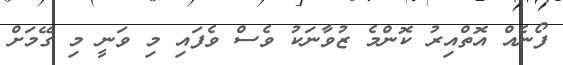
ފޯނެއް އޮތްއިރު ކޮންމެ ޒުވާނަކު ވެސް ވެފައި މި ވަނީ މި ގޭމަށް